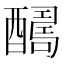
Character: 𨣊